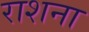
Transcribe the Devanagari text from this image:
राशना